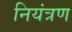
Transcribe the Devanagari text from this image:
नियंत्रण